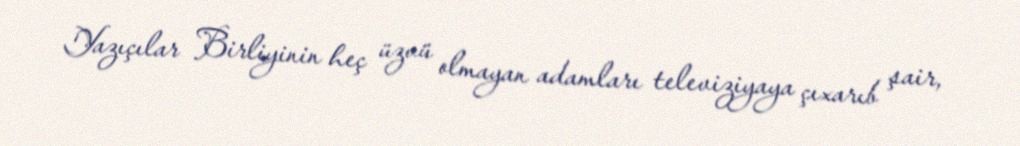
Yazıçılar Birliyinin heç üzvü olmayan adamları televiziyaya çıxarıb şair,